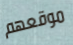
موقعهم